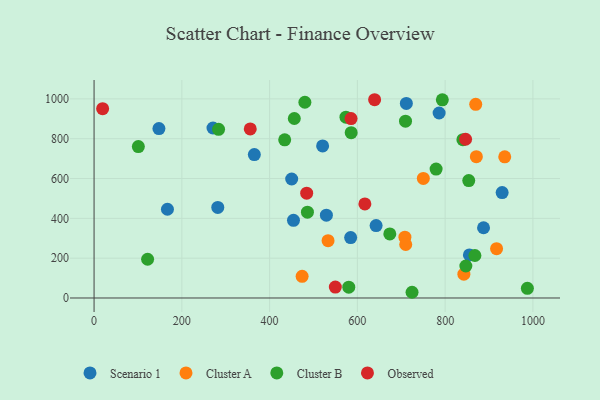
{"axis": {"x": "Speed", "y": "Demand"}, "legend": ["Cluster A", "Cluster B", "Observed", "Scenario 1"], "data": [{"x": "584.7", "y": 303.4, "type": "Scenario 1"}, {"x": "450.3", "y": 597.7, "type": "Scenario 1"}, {"x": "929.9", "y": 529.4, "type": "Scenario 1"}, {"x": "454.4", "y": 390.1, "type": "Scenario 1"}, {"x": "529.4", "y": 416.0, "type": "Scenario 1"}, {"x": "520.8", "y": 763.7, "type": "Scenario 1"}, {"x": "642.7", "y": 363.8, "type": "Scenario 1"}, {"x": "855.3", "y": 216.4, "type": "Scenario 1"}, {"x": "281.9", "y": 455.0, "type": "Scenario 1"}, {"x": "167.2", "y": 445.6, "type": "Scenario 1"}, {"x": "711.6", "y": 977.1, "type": "Scenario 1"}, {"x": "887.5", "y": 352.7, "type": "Scenario 1"}, {"x": "147.8", "y": 850.9, "type": "Scenario 1"}, {"x": "271.0", "y": 853.8, "type": "Scenario 1"}, {"x": "786.3", "y": 929.2, "type": "Scenario 1"}, {"x": "365.2", "y": 720.4, "type": "Scenario 1"}, {"x": "533.2", "y": 288.0, "type": "Cluster A"}, {"x": "474.1", "y": 108.6, "type": "Cluster A"}, {"x": "917.2", "y": 247.8, "type": "Cluster A"}, {"x": "750.3", "y": 600.7, "type": "Cluster A"}, {"x": "869.7", "y": 972.7, "type": "Cluster A"}, {"x": "842.7", "y": 119.7, "type": "Cluster A"}, {"x": "708.3", "y": 305.3, "type": "Cluster A"}, {"x": "935.8", "y": 709.2, "type": "Cluster A"}, {"x": "871.1", "y": 709.7, "type": "Cluster A"}, {"x": "710.2", "y": 268.7, "type": "Cluster A"}, {"x": "580.4", "y": 54.1, "type": "Cluster B"}, {"x": "100.9", "y": 760.3, "type": "Cluster B"}, {"x": "853.8", "y": 589.9, "type": "Cluster B"}, {"x": "779.4", "y": 647.3, "type": "Cluster B"}, {"x": "480.4", "y": 983.0, "type": "Cluster B"}, {"x": "709.7", "y": 887.9, "type": "Cluster B"}, {"x": "486.2", "y": 430.9, "type": "Cluster B"}, {"x": "724.6", "y": 28.7, "type": "Cluster B"}, {"x": "434.4", "y": 794.5, "type": "Cluster B"}, {"x": "456.3", "y": 901.4, "type": "Cluster B"}, {"x": "847.2", "y": 160.7, "type": "Cluster B"}, {"x": "793.6", "y": 995.4, "type": "Cluster B"}, {"x": "122.0", "y": 194.5, "type": "Cluster B"}, {"x": "867.8", "y": 213.4, "type": "Cluster B"}, {"x": "987.4", "y": 48.7, "type": "Cluster B"}, {"x": "585.9", "y": 830.2, "type": "Cluster B"}, {"x": "283.7", "y": 847.3, "type": "Cluster B"}, {"x": "840.5", "y": 795.0, "type": "Cluster B"}, {"x": "673.9", "y": 321.9, "type": "Cluster B"}, {"x": "574.0", "y": 908.0, "type": "Cluster B"}, {"x": "846.6", "y": 797.3, "type": "Observed"}, {"x": "484.5", "y": 526.3, "type": "Observed"}, {"x": "355.9", "y": 848.9, "type": "Observed"}, {"x": "617.1", "y": 472.4, "type": "Observed"}, {"x": "585.6", "y": 900.9, "type": "Observed"}, {"x": "19.5", "y": 950.7, "type": "Observed"}, {"x": "639.3", "y": 995.8, "type": "Observed"}, {"x": "549.8", "y": 54.8, "type": "Observed"}]}